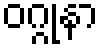
ဝဂ္ဂုနာ